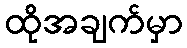
ထိုအချက်မှာ